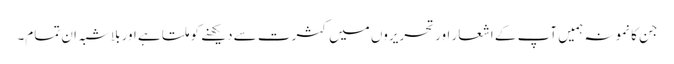
جن کا نمونہ ہمیں آپ کے اشعار اور تحریروں میں کثرت سے دیکھنے کو ملتا ہے اور بلاشبہ ان تمام۔